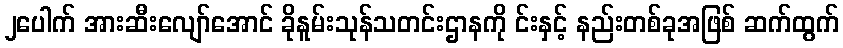
၂ပေါက် အားဆီးလျော်အောင် ခိုနူမ်းသုန်သတင်းဌာနကို င်းနှင့် နည်းတစ်ခုအဖြစ် ဆက်ထွက်